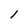
Character: l